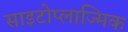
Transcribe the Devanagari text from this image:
साइटोप्लाज्मिक